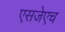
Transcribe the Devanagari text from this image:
एसजेएच